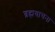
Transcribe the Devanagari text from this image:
ब्रह्मयाचना